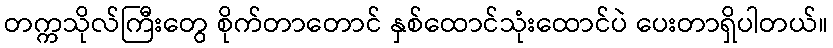
တက္ကသိုလ်ကြီးတွေ စိုက်တာတောင် နှစ်ထောင်သုံးထောင်ပဲ ပေးတာရှိပါတယ်။